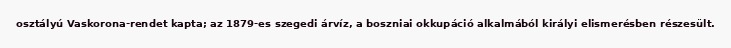
osztályú Vaskorona-rendet kapta; az 1879-es szegedi árvíz, a boszniai okkupáció alkalmából királyi elismerésben részesült.